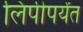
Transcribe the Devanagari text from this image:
लिपीपर्यंत